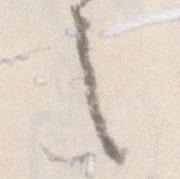
之